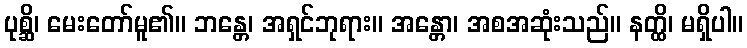
ပုစ္ဆိ၊ မေးတော်မူ၏။ ဘန္တေ၊ အရှင်ဘုရား။ အန္တော၊ အစအဆုံးသည်။ နတ္ထိ၊ မရှိပါ။